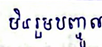
មិនរួមបញ្ចូល